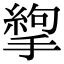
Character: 𢳉